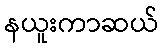
နယူးကာဆယ်